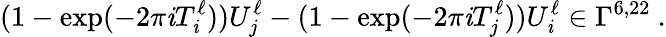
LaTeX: (1-\exp(-2\pi\mathit{i}T_{\mathit{i}}^{\ell}))U_{j}^{\ell}-(1-\exp(-2\pi\mathit{i}T_{j}^{\ell}))U_{\mathit{i}}^{\ell}\in\Gamma^{6,22}~.